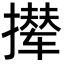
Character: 撵